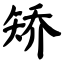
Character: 矫